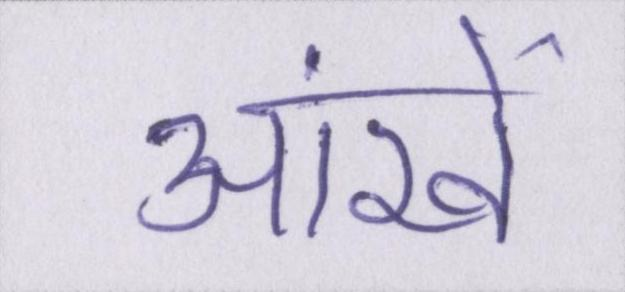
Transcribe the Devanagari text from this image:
आंखें